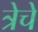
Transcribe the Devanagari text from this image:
त्रेचे